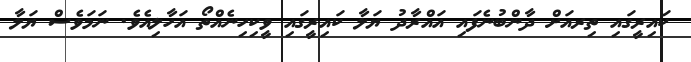
ކައިރީގައި ތިރއަށް ދާންބުނެފައި އައްރާދު ޔަލާ ކައިރީގައި ވީކިހިނެއްތޯ އަހާލިއެވެ. ނަމަވެސް ޔަލާ